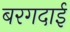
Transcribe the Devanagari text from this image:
बरगदाई